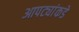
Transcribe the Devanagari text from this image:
आपट्यांकडे